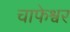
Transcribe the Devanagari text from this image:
चाफेश्वर